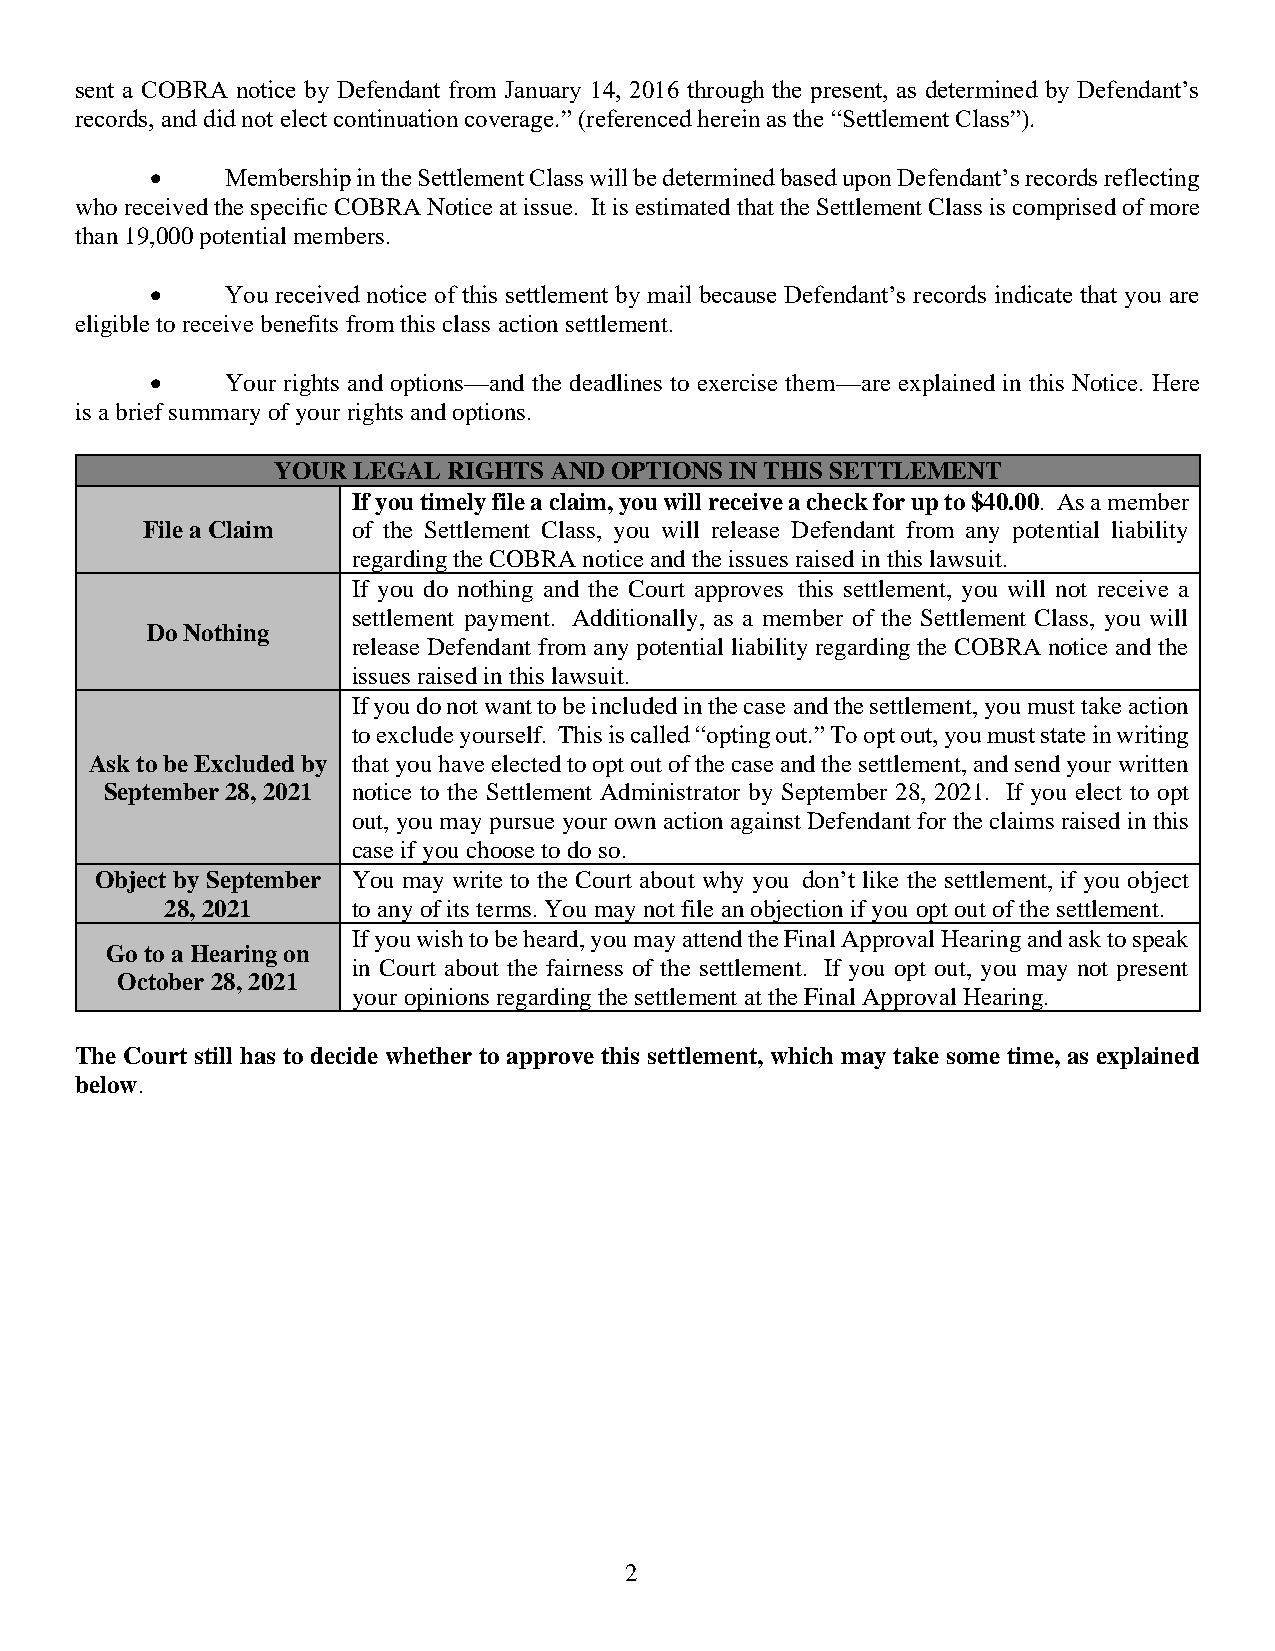
sent a COBRA notice by Defendant from January 14, 2016 through the present, as determined by Defendant’s
 records, and did not elect continuation coverage.” (referenced herein as the “Settlement Class”).
 •    Membership in the Settlement Class will be determined based upon Defendant’s records reflecting
 who received the specific COBRA Notice at issue. It is estimated that the Settlement Class is comprised of more
 than 19,000 potential members.
 •    You received notice of this settlement by mail because Defendant’s records indicate that you are
 eligible to receive benefits from this class action settlement.
 •    Your rights and options—and the deadlines to exercise them—are explained in this Notice. Here
 is a brief summary of your rights and options.
 YOUR LEGAL  RIGHTS AND OPTIONS IN THIS SETTLEMENT
 If you timely file a claim, you will receive a check for up to $40.00. As a member
 File a Claim  of the Settlement Class, you will release Defendant from any potential liability
 regarding the COBRA notice and the issues raised in this lawsuit.
 If you do nothing and the Court approves this settlement, you will not receive a
 settlement payment. Additionally, as a member of the Settlement Class, you will
 Do Nothing
 release Defendant from any potential liability regarding the COBRA notice and the
 issues raised in this lawsuit.
 If you do not want to be included in the case and the settlement, you must take action
 to exclude yourself. This is called “opting out.” To opt out, you must state in writing
 Ask to be Excluded by that you have elected to opt out of the case and the settlement, and send your written
 September 28, 2021 notice to the Settlement Administrator by September 28, 2021. If you elect to opt
 out, you may pursue your own action against Defendant for the claims raised in this
 case if you choose to do so.
 Object by September You may write to the Court about why you don’t like the settlement, if you object
 28, 2021    to any of its terms. You may not file an objection if you opt out of the settlement.
 If you wish to be heard, you may attend the Final Approval Hearing and ask to speak
 Go to a Hearing on
 in Court about the fairness of the settlement. If you opt out, you may not present
 October 28, 2021
 your opinions regarding the settlement at the Final Approval Hearing.
 The Court still has to decide whether to approve this settlement, which may take some time, as explained
 below.
 2